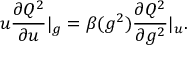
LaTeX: u \frac { \partial Q ^ { 2 } } { \partial u } | _ { g } = \beta ( g ^ { 2 } ) \frac { \partial Q ^ { 2 } } { \partial g ^ { 2 } } | _ { u } .